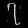
Digit: ၇